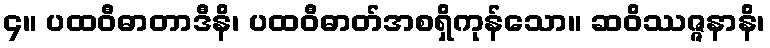
၄။ ပထဝီဓာတာဒီနိ၊ ပထဝီဓာတ်အစရှိကုန်သော။ ဆဝိဿဇ္ဇနာနိ၊